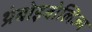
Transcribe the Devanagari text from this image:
थ्रंबोइबोलिज्म